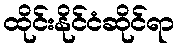
ထိုင်းနိုင်ငံဆိုင်ရာ